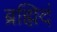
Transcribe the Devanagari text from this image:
ब्रह्मिदं